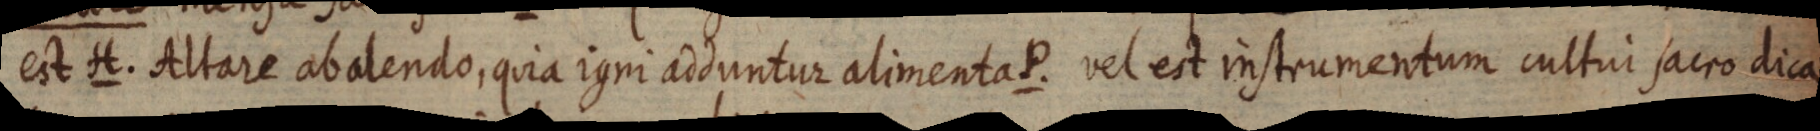
est H. Altare abalendo, quia igni adduntur alimenta P. vel est instrumentum cultui sacro dica